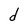
Character: d